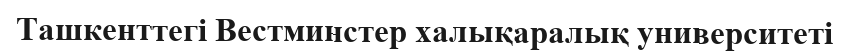
Ташкенттегі Вестминстер халықаралық университеті